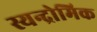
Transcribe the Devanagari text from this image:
स्यन्द्रोमिक